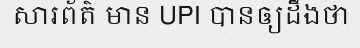
សារព័ត៌ មាន UPI បានឲ្យដឹងថា